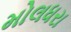
મોલધરા